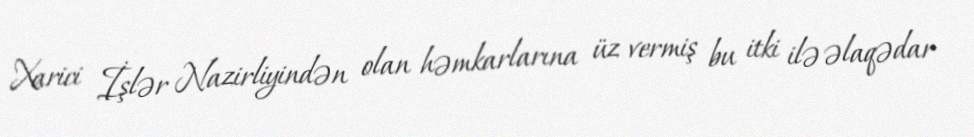
Xarici İşlər Nazirliyindən olan həmkarlarına üz vermiş bu itki ilə əlaqədar